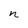
Character: n